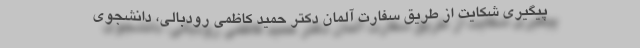
پیگیری شکایت از طریق سفارت آلمان دکتر حمید کاظمی رودبالی، دانشجوی